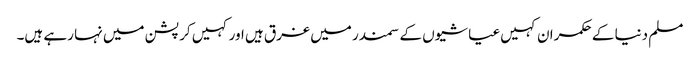
مسلم دنیا کے حکمران کہیں عیاشیوں کے سمندر میں غرق ہیں اور کہیں کرپشن میں نہا رہے ہیں۔